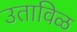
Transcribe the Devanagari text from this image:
उताविळ